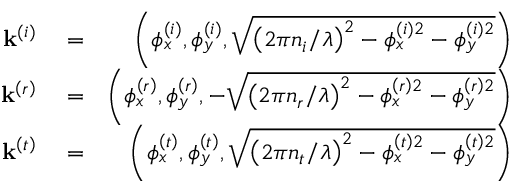
\begin{array} { r l r } { \mathbf { k } ^ { \left( i \right) } } & { { } = } & { \left( \phi _ { x } ^ { \left( i \right) } , \phi _ { y } ^ { \left( i \right) } , \sqrt { \left( 2 \pi n _ { i } / \lambda \right) ^ { 2 } - \phi _ { x } ^ { \left( i \right) 2 } - \phi _ { y } ^ { \left( i \right) 2 } } \right) } \\ { \mathbf { k } ^ { \left( r \right) } } & { { } = } & { \left( \phi _ { x } ^ { \left( r \right) } , \phi _ { y } ^ { \left( r \right) } , - \sqrt { \left( 2 \pi n _ { r } / \lambda \right) ^ { 2 } - \phi _ { x } ^ { \left( r \right) 2 } - \phi _ { y } ^ { \left( r \right) 2 } } \right) } \\ { \mathbf { k } ^ { \left( t \right) } } & { { } = } & { \left( \phi _ { x } ^ { \left( t \right) } , \phi _ { y } ^ { \left( t \right) } , \sqrt { \left( 2 \pi n _ { t } / \lambda \right) ^ { 2 } - \phi _ { x } ^ { \left( t \right) 2 } - \phi _ { y } ^ { \left( t \right) 2 } } \right) } \end{array}